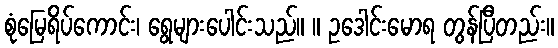
စုံမြေရိပ်ကောင်း၊ ရွေများပေါင်းသည်။ ။ ဥဒေါင်းမောရ တွန်ပြီတည်း။